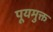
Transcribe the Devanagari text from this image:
पूयमुक्त